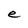
Character: e